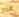
هذه